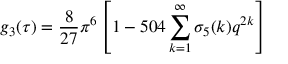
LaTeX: g _ { 3 } ( \tau ) = { \frac { 8 } { 2 7 } } \pi ^ { 6 } \left[ 1 - 5 0 4 \sum _ { k = 1 } ^ { \infty } \sigma _ { 5 } ( k ) q ^ { 2 k } \right]